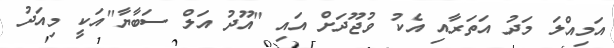
އަމިއްލަ މަދު އަތަރާއި އެކު ވުޖޫދަށް އައި "އޫދު އަލް ސަބާޔާ"އަކީ މިއަދު